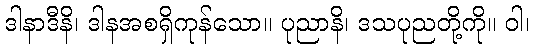
ဒါနာဒီနိ၊ ဒါနအစရှိကုန်သော။ ပုညာနိ၊ ဒသပုညတို့ကို။ ဝါ၊